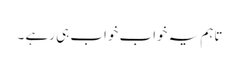
تاہم یہ خواب خواب ہی رہے ۔